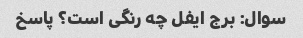
سوال: برج ایفل چه رنگی است؟ پاسخ